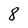
Character: 8